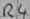
Text: R4